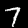
Label: 7